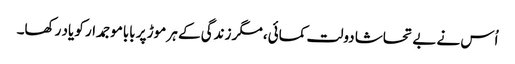
اُس نے بے تحاشا دولت کمائی، مگر زندگی کے ہر موڑ پر باباموجمدار کو یاد رکھا۔